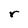
Character: r